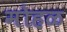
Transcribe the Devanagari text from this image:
मोहळ